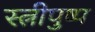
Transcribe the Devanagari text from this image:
स्त्रीपुष्प